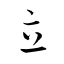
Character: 立